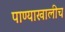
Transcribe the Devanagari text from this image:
पाण्याखालीच